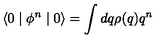
\langle 0 \mid \phi ^ { n } \mid 0 \rangle = \int d q \rho ( q ) q ^ { n }